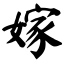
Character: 嫁